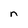
Character: n